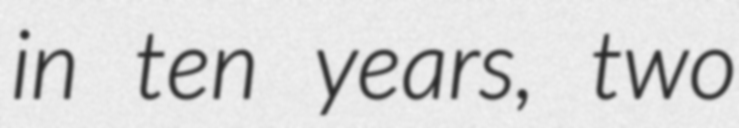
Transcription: in ten years, two